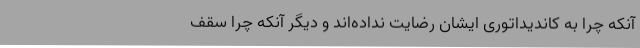
آنکه چرا به کاندیداتوری ایشان رضایت نداده‌اند و دیگر آنکه چرا سقف